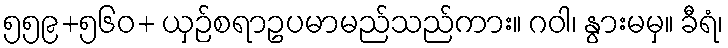
၅၅၉+၅၆၀+ ယှဉ်စရာဥပမာမည်သည်ကား။ ဂဝါ၊ နွားမမှ။ ခီရံ၊